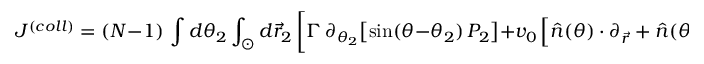
J ^ { ( c o l l ) } = ( N - 1 ) \, \int d \theta _ { 2 } \int _ { \odot } d \vec { r } _ { 2 } \, \bigg [ \Gamma \, \partial _ { \theta _ { 2 } } \big [ \mathrm { s i n } ( \theta - \theta _ { 2 } ) \, P _ { 2 } \big ] + v _ { 0 } \left[ \hat { n } ( \theta ) \cdot \partial _ { \vec { r } } + \hat { n } ( \theta _ { 2 } ) \cdot \partial _ { \vec { r } _ { 2 } } \right] P _ { 2 } \, , \bigg ]